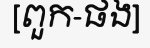
[ពួក-ផង]